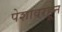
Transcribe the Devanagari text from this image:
पेशावरहून